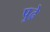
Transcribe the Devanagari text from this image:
पु्ढे